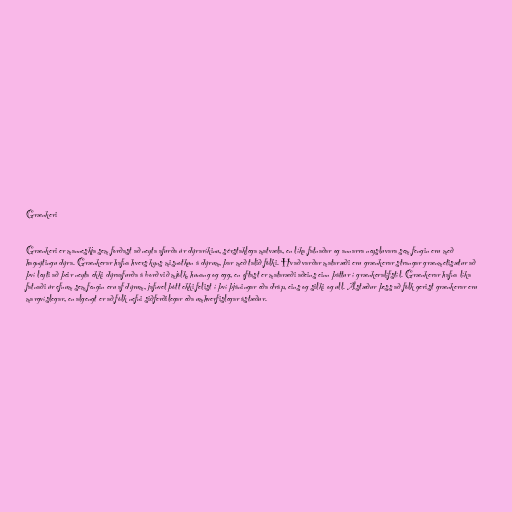
Grænkeri

Grænkeri er manneskja sem forðast að neyta afurða úr dýraríkinu, sérstaklega matvæla, en líka fatnaðar og annarra neysluvara sem fengin eru með
hagnýtingu dýra. Grænkerar hafna hvers kyns misnotkun á dýrum, þar með talið fólki. Hvað varðar mataræði eru grænkerar strangar grænmetisætur að
því leyti að þeir neyta ekki dýraafurða á borð við mjólk, hunang og egg, en oftast er mataræði aðeins einn þáttur í grænkeralífstíl. Grænkerar hafna líka
fatnaði úr efnum sem fengin eru af dýrum, jafnvel þótt ekki felist í því þjáningar eða dráp, eins og silki og ull. Ástæður þess að fólk gerist grænkerar eru
margvíslegar, en algengt er að fólk nefni siðferðilegar eða umhverfislegar ástæður.